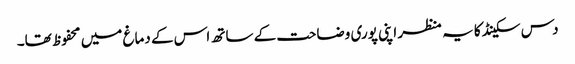
دس سکینڈ کا یہ منظر اپنی پوری وضاحت کے ساتھ اس کے دماغ میں محفوظ تھا۔